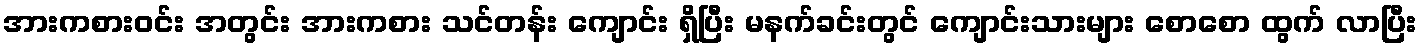
အားကစားဝင်း အတွင်း အားကစား သင်တန်း ကျောင်း ရှိပြီး မနက်ခင်းတွင် ကျောင်းသားများ စောစော ထွက် လာပြီး